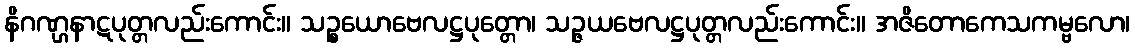
နိဂဏ္ဌနာဋပုတ္တလည်းကောင်း။ သဉ္စယောဗေလဋ္ဌပုတ္တော၊ သဉ္ဇယဗေလဋ္ဌပုတ္တလည်းကောင်း။ အဇိတောကေသကမ္ဗလော၊